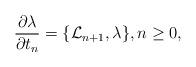
LaTeX: \begin{align*}\frac{\partial \lambda}{\partial t_{n}}=\{\mathcal L_{n+1},\lambda\},n\geq 0,\end{align*}